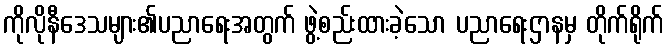
ကိုလိုနီဒေသများ၏ပညာရေးအတွက် ဖွဲ့စည်းထားခဲ့သော ပညာရေးဌာနမှ တိုက်ရိုက်